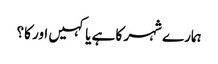
ہمارے شہر کا ہے یا کہیں اور کا؟